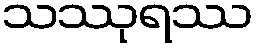
သဿုရဿ